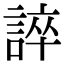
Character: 誶